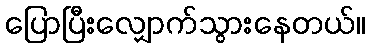
ပြောပြီးလျှောက်သွားနေတယ်။